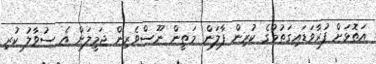
އަތޮޅަށް ފުރާވަޑައިގަތުމުގެ ކުރިން ފާލަން މަތީން ނޫސްވެރިން ޖަމީލަށް އެ ސުވާލު ކުރި